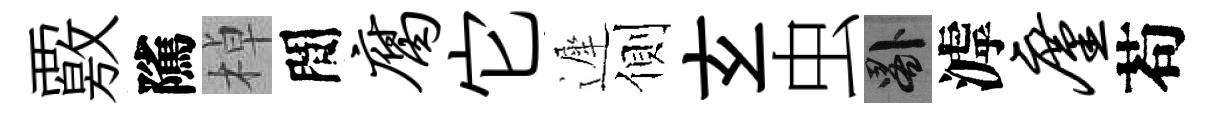
覈隲棹間腐它遲側𤣥虫晷滹廑苟